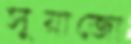
সুয়াজো